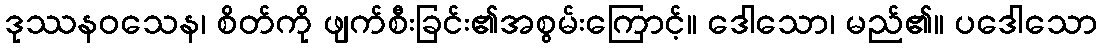
ဒုဿနဝသေန၊ စိတ်ကို ဖျက်စီးခြင်း၏အစွမ်းကြောင့်။ ဒေါသော၊ မည်၏။ ပဒေါသော